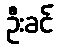
ဦးခင်